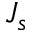
J _ { s }